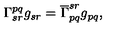
\Gamma _ { s r } ^ { p q } g _ { s r } = \overline { { \Gamma } } _ { p q } ^ { s r } g _ { p q } ,